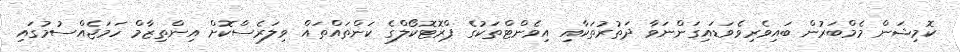
ކޮމިޝަން މެމްބަރުން ބައިވެރިވެވަޑައިގަންނަވާ ދަތުރުތަކާއި އިވެންޓްތަކުގެ ޕްރޮޓޮކޯލްގެ ކަންތައްތައް ވިލަރެސްކޮށް އިންތިޒާމް ހަމަޖެއްސުމުގައި